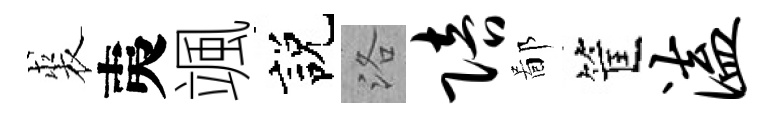
裘夷颯説洛陪鄙筐溘